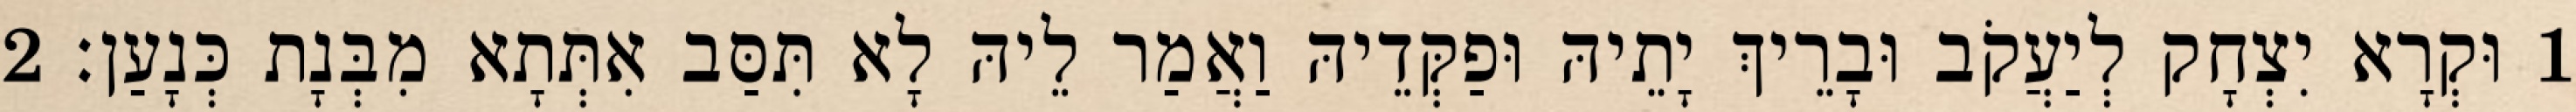
1 וּקְרָא יִצְחָק לְיַעֲקֹב וּבָרֵיךְ יָתֵיהּ וּפַקְּדֵיהּ וַאֲמַר לֵיהּ לָא תִּסַּב אִתְּתָא מִבְּנָת כְּנָעַן׃ 2